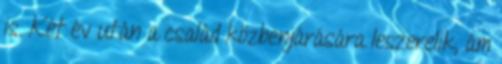
is. Két év után a család közbenjárására leszerelik, ám